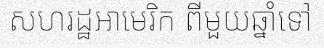
សហរដ្ឋអាមេរិក ពីមួយឆ្នាំទៅ